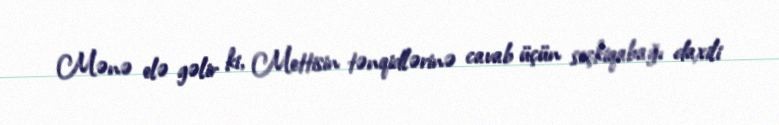
Mənə elə gəlir ki, Mettisin tənqidlərinə cavab üçün seçkiqabağı daxili